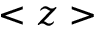
< z >